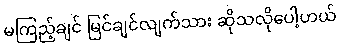
မကြည့်ချင် မြင်ချင်လျက်သား ဆိုသလိုပေါ့ဟယ်